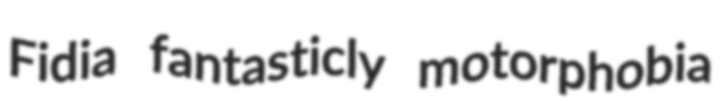
Fidia fantasticly motorphobia